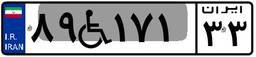
۸۹W۱۷۱۳۳